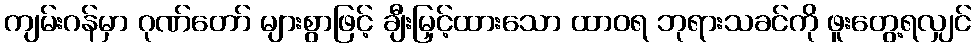
ကျမ်းဂန်မှာ ဂုဏ်တော် များစွာဖြင့် ချီးမြှင့်ထားသော ထာဝရ ဘုရားသခင်ကို ဖူးတွေ့ရလျှင်